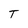
Character: T